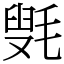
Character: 㲣